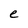
Character: e